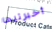
أخبرتيها